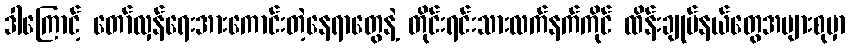
ဒါကြောင့် တော်လှန်ရေးအားကောင်းတဲ့နေရာတွေနဲ့ တိုင်းရင်းသားလက်နက်ကိုင် ထိန်းချုပ်နယ်တွေအများစုမှာ